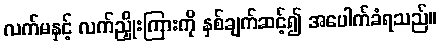
လက်မနှင့် လက်ညှိုးကြားကို နှစ်ချက်ဆင့်၍ အပေါက်ခံရသည်။